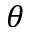
\theta